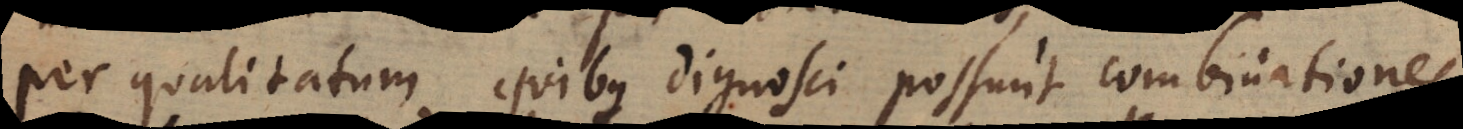
per qualitatum quibus dignosci possunt combinationes